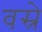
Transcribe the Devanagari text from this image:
वस्रे